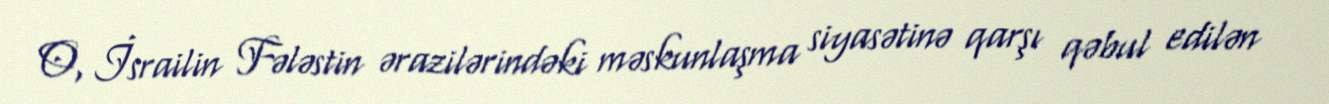
O, İsrailin Fələstin ərazilərindəki məskunlaşma siyasətinə qarşı qəbul edilən